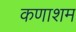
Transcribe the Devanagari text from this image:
कणाशम